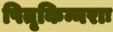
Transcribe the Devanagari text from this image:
पितृकिन्नराः